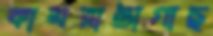
কামরাঙাগাছ